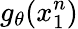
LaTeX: g_{\theta}(x_{1}^{n})